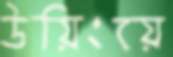
উয়িংয়ে